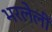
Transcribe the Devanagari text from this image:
भरलेलीं